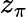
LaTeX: z_{\pi}